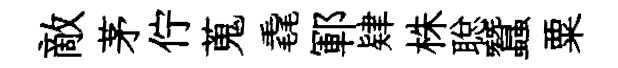
敵茅佇蒐毳鄆肄株聪蠶粟